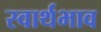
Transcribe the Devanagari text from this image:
स्वार्थभाव